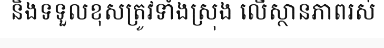
និងទទួលខុសត្រូវទាំងស្រុង លើស្ថានភាពរស់